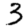
Digit: 3